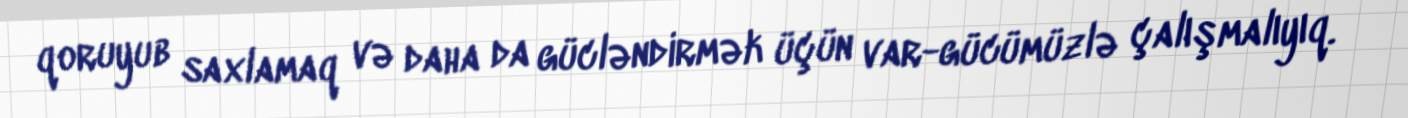
qoruyub saxlamaq və daha da gücləndirmək üçün var-gücümüzlə çalışmalıyıq.